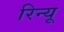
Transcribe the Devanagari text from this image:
रिन्यू